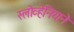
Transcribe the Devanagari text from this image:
स्लोव्हेनियाने